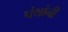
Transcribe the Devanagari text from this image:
पंथांनी